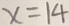
x = 1 4